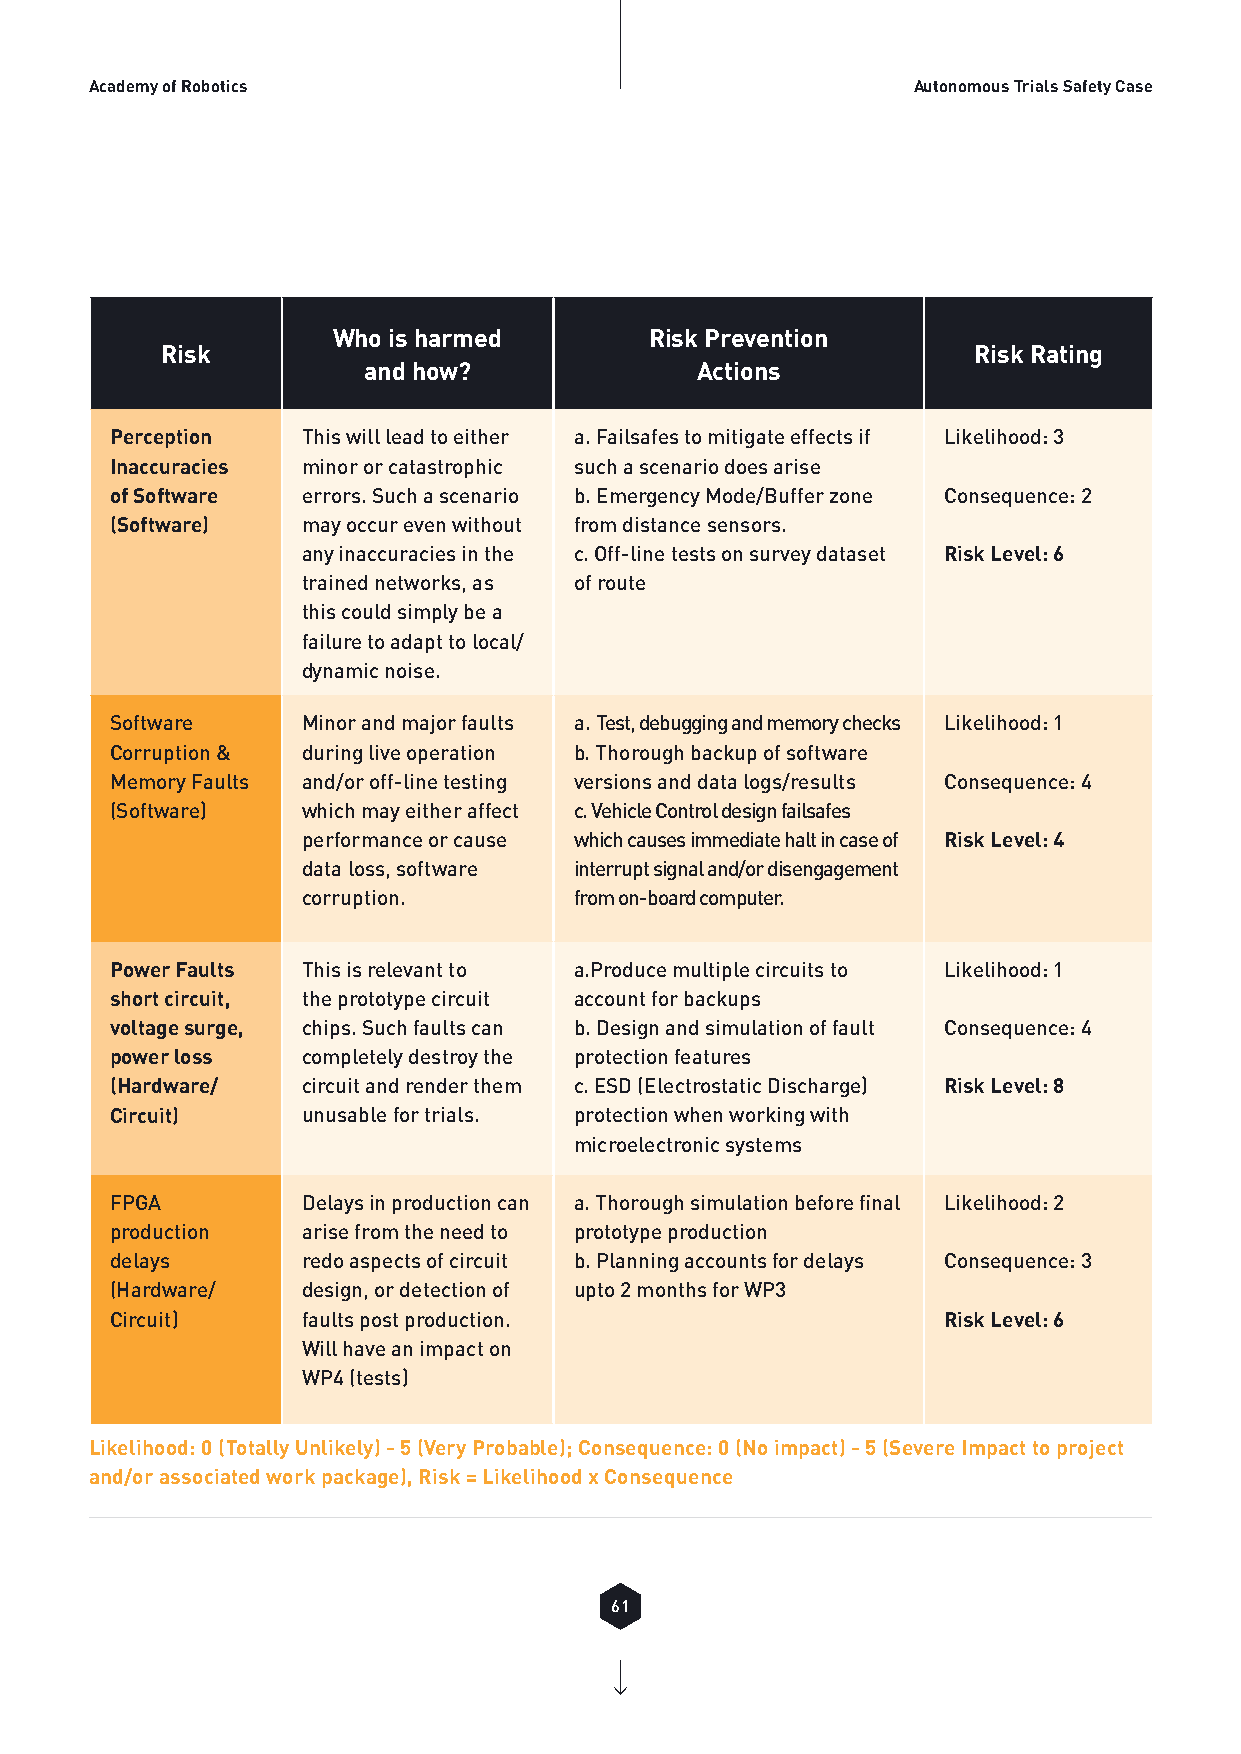
Academy of Robotics                                   Autonomous Trials Safety Case
 Who is harmed        Risk Prevention
 Risk                                                 Risk Rating
 and how?              Actions
 Perception   This will lead to either a. Failsafes to mitigate effects if Likelihood: 3
 Inaccuracies minor or catastrophic such a scenario does arise
 of Software  errors. Such a scenario b. Emergency Mode/Buffer zone Consequence: 2
 (Software)   may occur even without from distance sensors.
 any inaccuracies in the c. Off-line tests on survey dataset Risk Level: 6
 trained networks, as of route
 this could simply be a
 failure to adapt to local/
 dynamic noise.
 Software     Minor and major faults a. Test, debugging and memory checks Likelihood: 1
 Corruption & during live operation b. Thorough backup of software
 Memory Faults and/or off-line testing versions and data logs/results Consequence: 4
 (Software)   which may either affect c. Vehicle Control design failsafes
 performance or cause which causes immediate halt in case of Risk Level: 4
 data loss, software interrupt signal and/or disengagement
 corruption.       from on-board computer.
 Power Faults This is relevant to a.Produce multiple circuits to Likelihood: 1
 short circuit, the prototype circuit account for backups
 voltage surge, chips. Such faults can b. Design and simulation of fault Consequence: 4
 power loss   completely destroy the protection features
 (Hardware/   circuit and render them c. ESD (Electrostatic Discharge) Risk Level: 8
 Circuit)     unusable for trials. protection when working with
 microelectronic systems
 FPGA         Delays in production can a. Thorough simulation before final Likelihood: 2
 production   arise from the need to prototype production
 delays       redo aspects of circuit b. Planning accounts for delays Consequence: 3
 (Hardware/   design, or detection of upto 2 months for WP3
 Circuit)     faults post production.                   Risk Level: 6
 Will have an impact on
 WP4 (tests)
 Likelihood: 0 (Totally Unlikely) - 5 (Very Probable); Consequence: 0 (No impact) - 5 (Severe Impact to project
 and/or associated work package), Risk = Likelihood x Consequence
 61